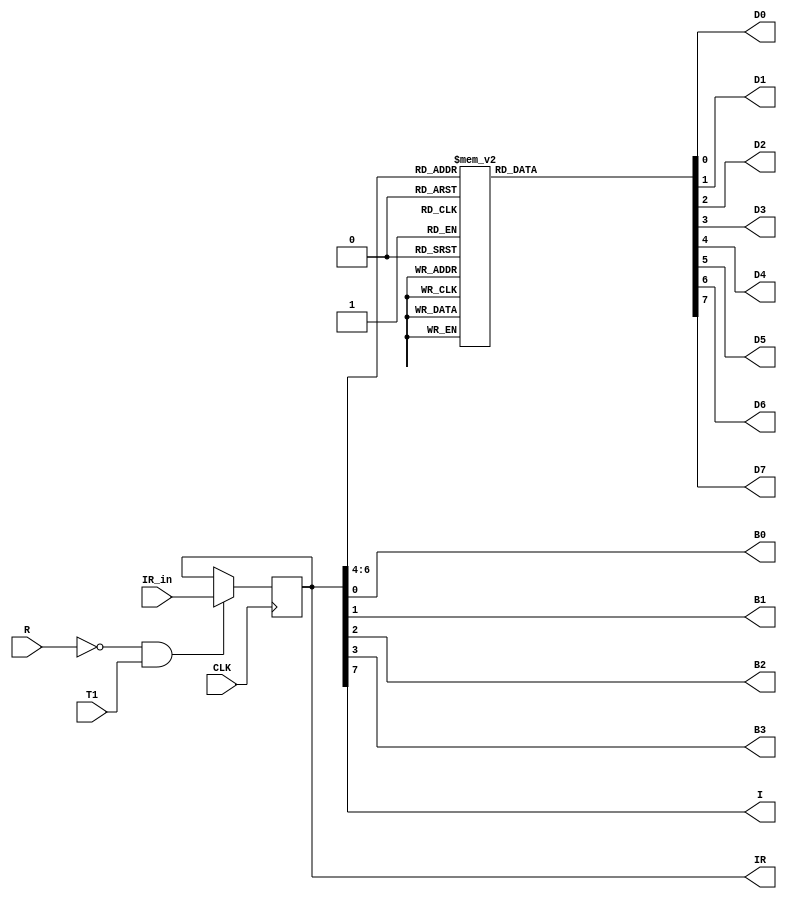
`timescale 1ns / 1ps
//////////////////////////////////////////////////////////////////////////////////
// Company: 
// Engineer: 
// 
// Design Name: 
// Module Name: IR
// Project Name: 
// Target Devices: 
// Tool Versions: 
// Description: 
// 
// Dependencies: 
// 
// Revision:
// Revision 0.01 - File Created
// Additional Comments:
// 
//////////////////////////////////////////////////////////////////////////////////


module IR(
input  R    ,
input  T1   ,
input  CLK  ,
input  [7:0] IR_in   ,
output reg [7:0] IR  ,
output  B0 ,
output  B1 ,
output  B2 ,
output  B3 ,
output  I  ,
output  D0 ,
output  D1 ,
output  D2 ,
output  D3 ,
output  D4 ,
output  D5 ,
output  D6 ,
output  D7     );

wire A ;
wire B ;
wire C ;
wire E ;
reg [7:0] DEC_out ;

assign E  = ~R & T1 ;

assign B0 = IR[0]  ;
assign B1 = IR[1]  ;
assign B2 = IR[2]  ;
assign B3 = IR[3]  ;
assign A  = IR[4]  ;
assign B  = IR[5]  ;
assign C  = IR[6]  ;
assign I  = IR[7]  ;

assign D0 = DEC_out[0]  ;
assign D1 = DEC_out[1]  ;
assign D2 = DEC_out[2]  ;
assign D3 = DEC_out[3]  ;
assign D4 = DEC_out[4]  ; 
assign D5 = DEC_out[5]  ;
assign D6 = DEC_out[6]  ;
assign D7 = DEC_out[7]  ;

initial begin 
 IR = 8'h00 ;
end

always @(posedge CLK )
begin
if (E == 1)
     begin
 IR <=  IR_in  ;  // Load Data
     end 
else 
     begin
 IR <= IR     ;  // Hold Data
     end 
end

always @(*) begin
 // Decoder 3X8 to Decode op_code
 case({C,B,A}) 
   3'b000  : DEC_out = 8'b00000001  ;
   3'b001  : DEC_out = 8'b00000010  ;
   3'b010  : DEC_out = 8'b00000100  ;
   3'b011  : DEC_out = 8'b00001000  ;
   3'b100  : DEC_out = 8'b00010000  ;
   3'b101  : DEC_out = 8'b00100000  ;
   3'b110  : DEC_out = 8'b01000000  ;
   3'b111  : DEC_out = 8'b10000000  ;
   default : DEC_out = 8'b00000001  ;
 endcase   
end

endmodule